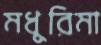
মধুরিমা